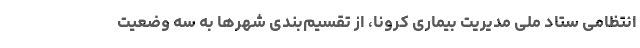
انتظامی ستاد ملی مدیریت بیماری کرونا، از تقسیم‌بندی شهرها به سه وضعیت